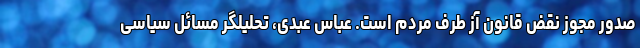
صدور مجوز نقض قانون آز طرف مردم است. عباس عبدی، تحلیلگر مسائل سیاسی